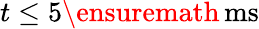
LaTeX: t\leq 5\ensuremath{\, \mathrm{ms}}